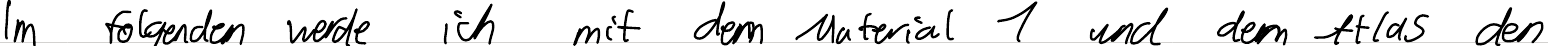
Im folgenden werde ich mit dem Material 1 und dem Atlas den